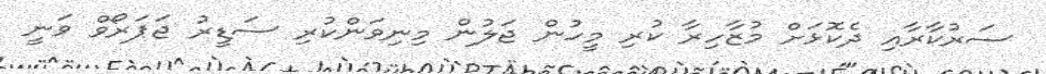
ސަރުކާރާއި ދެކޮޅަށް މުޒާހިރާ ކުރި މީހުން ޖަލުން މިނިވަންކުރި ސަޑީރު ޖަޕަރޯވް ވަނީ